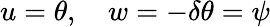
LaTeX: u=\theta,\quad w=-\delta\theta=\psi